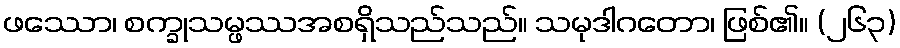
ဖဿော၊ စက္ခုသမ္ဖဿအစရှိသည်သည်။ သမုဒါဂတော၊ ဖြစ်၏။ (၂၆၃)